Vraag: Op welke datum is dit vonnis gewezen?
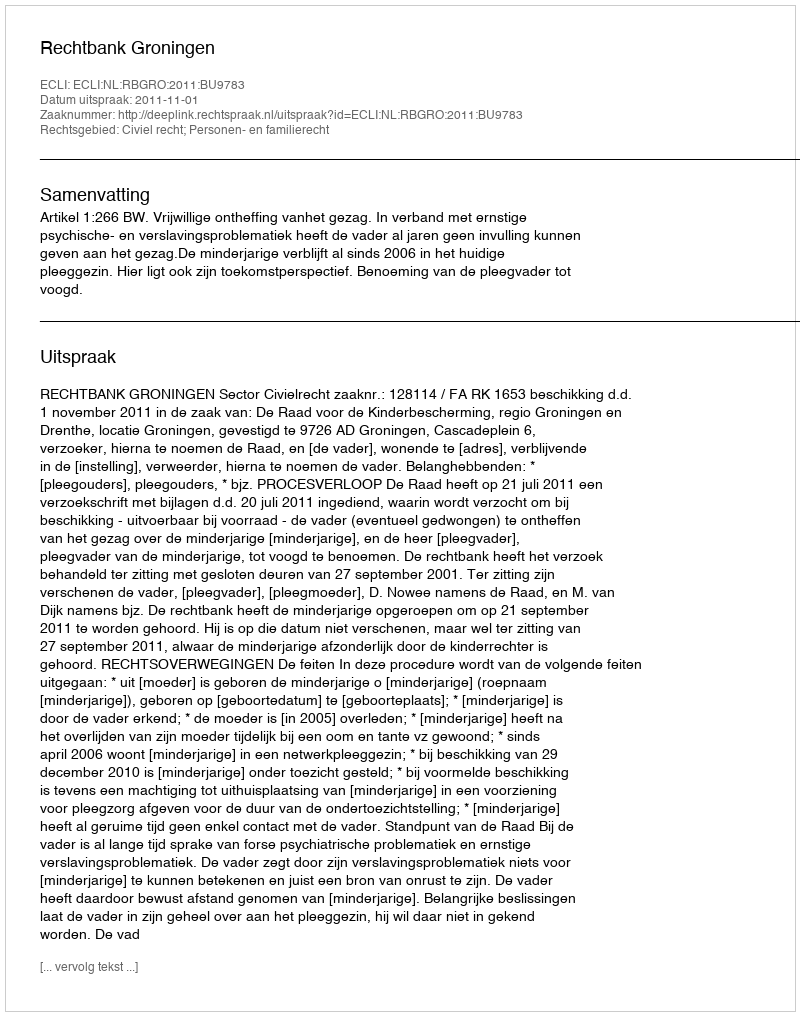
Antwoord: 2011-11-01